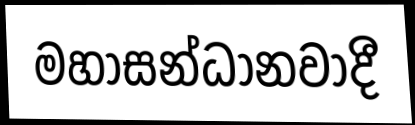
මහාසන්ධානවාදී